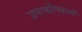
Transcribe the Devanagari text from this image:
उपभोगवाले